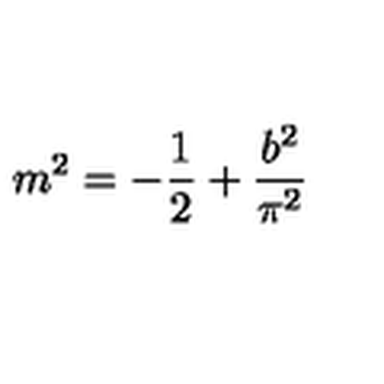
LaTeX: m ^ { 2 } = - \frac { 1 } { 2 } + \frac { b ^ { 2 } } { \pi ^ { 2 } }